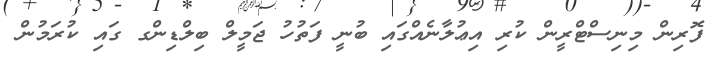
ފޮރިން މިނިސްޓްރީން ކުރި އިޢުލާނެއްގައި ބުނީ ފަތުހު ޖަމީލް ބިލްޑިންގ ގައި ކުރަމުން